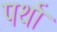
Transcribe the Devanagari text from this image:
पर्था